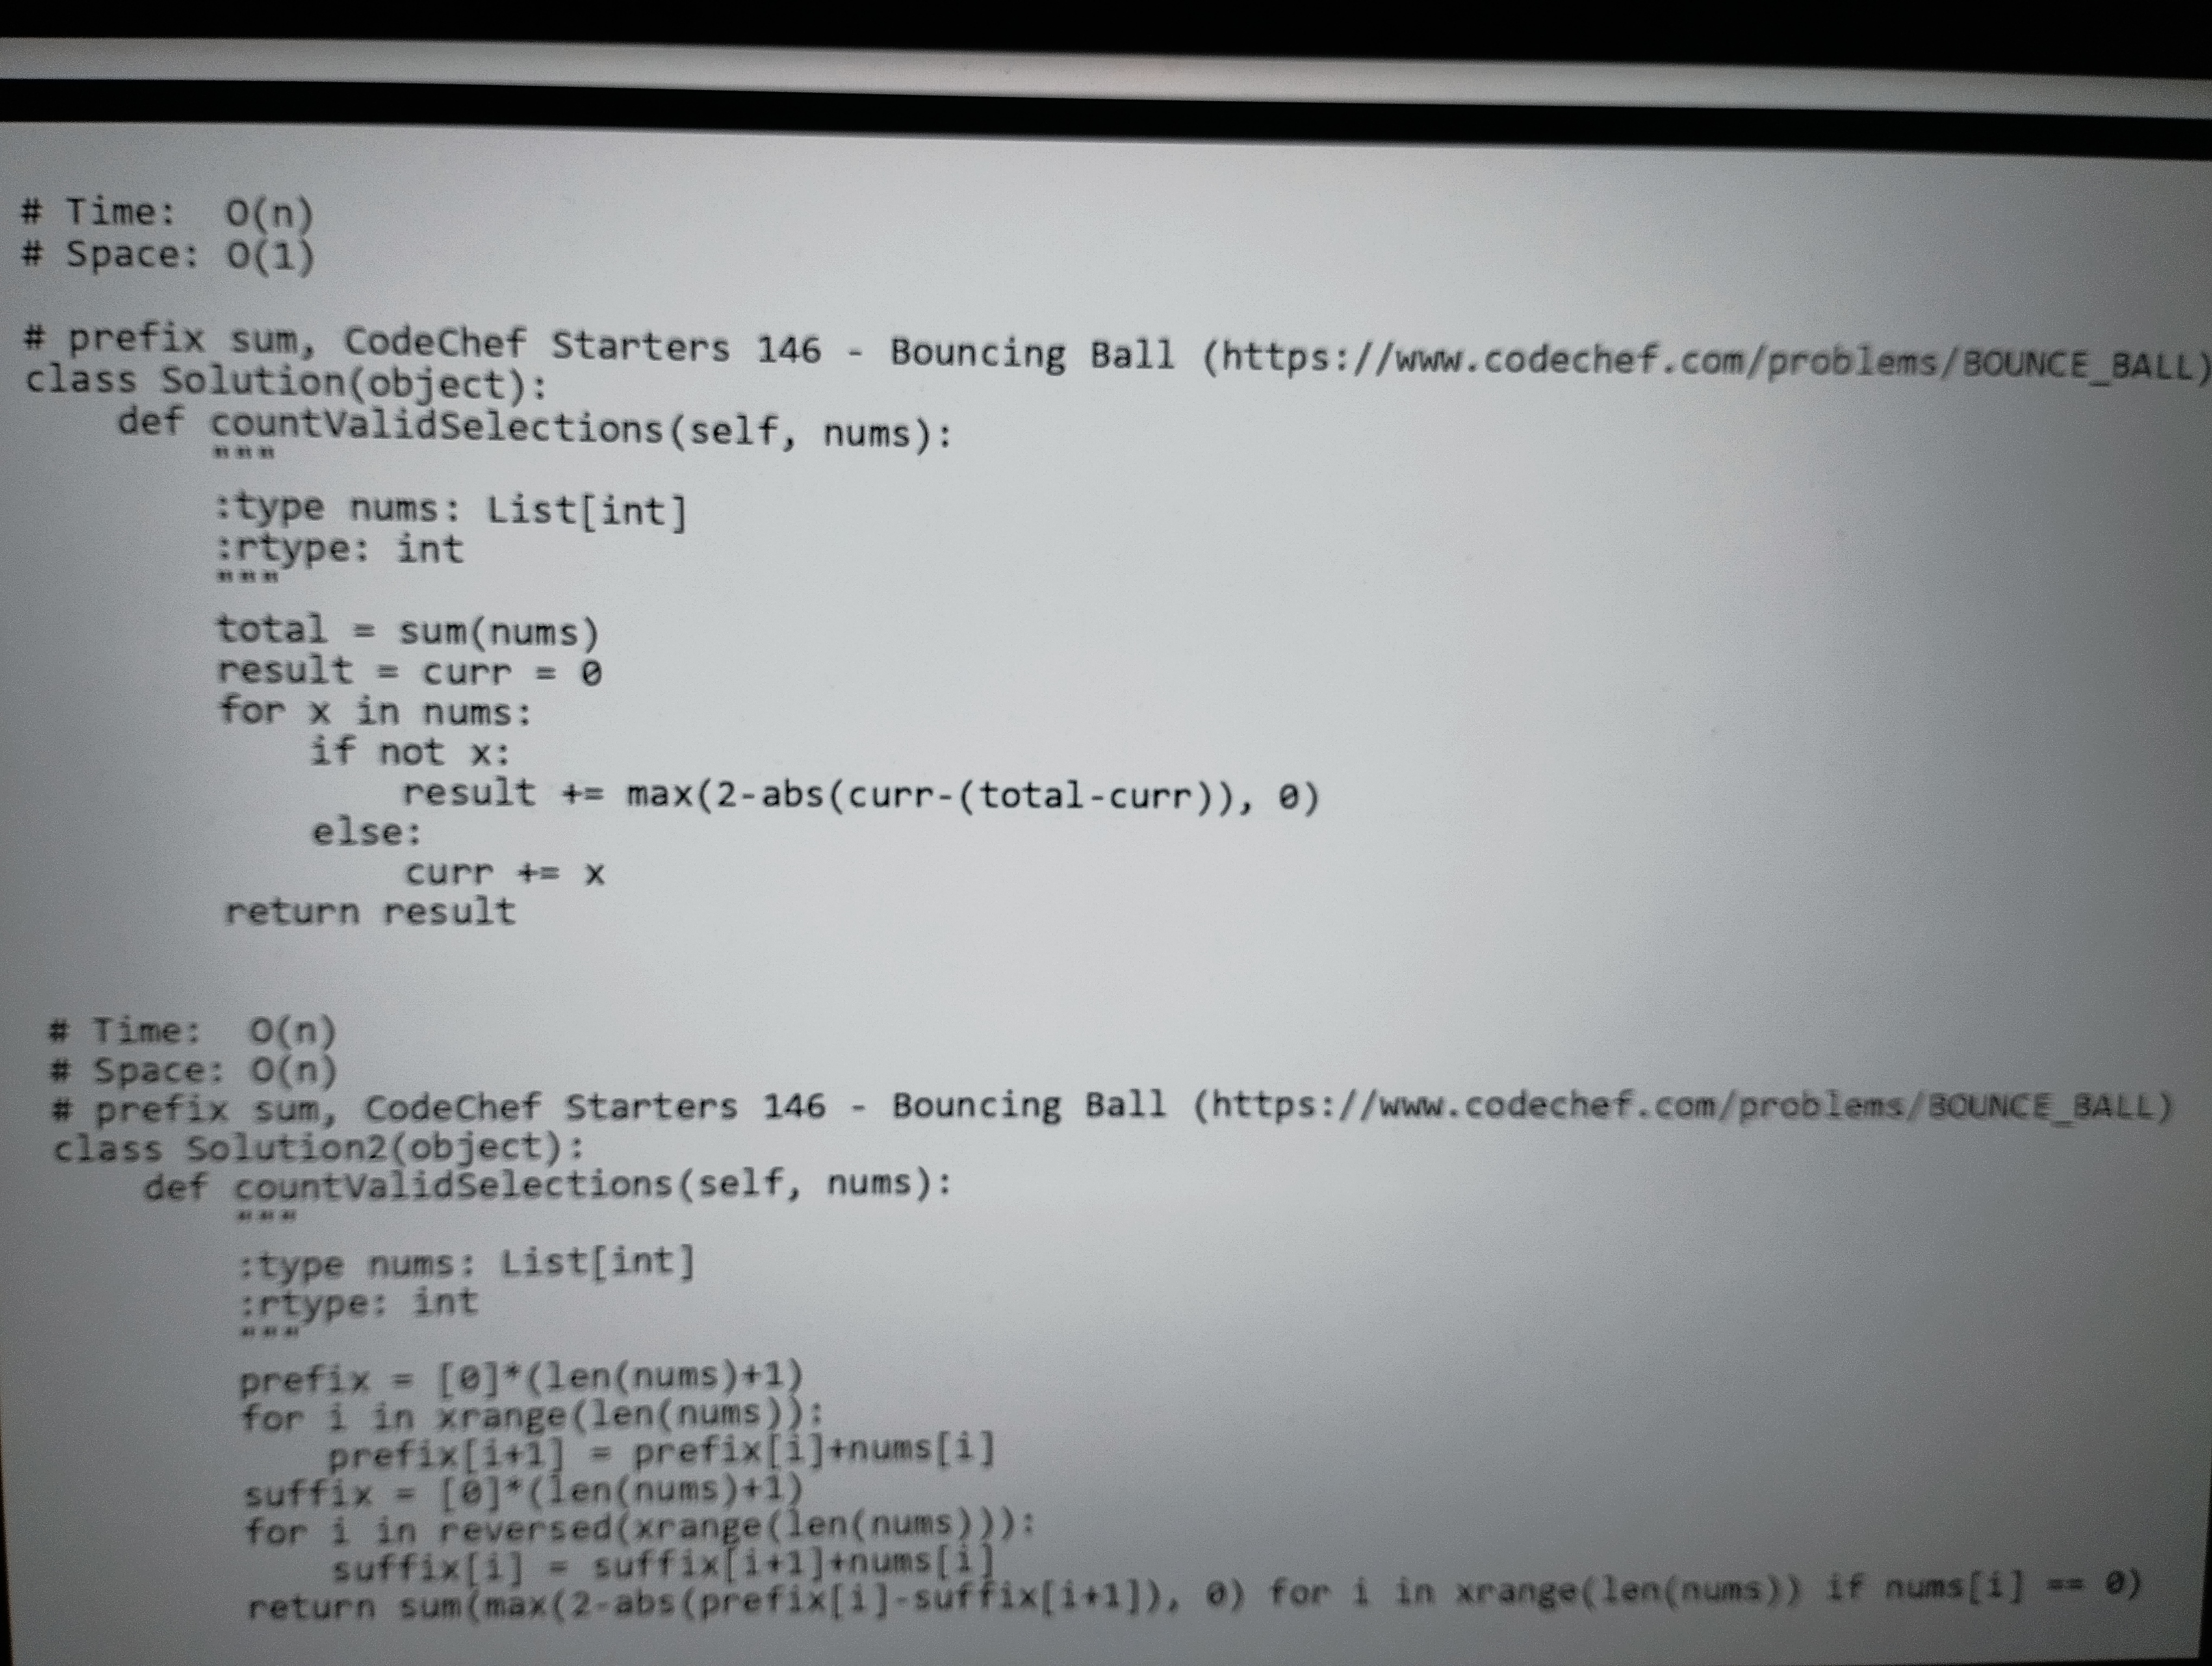
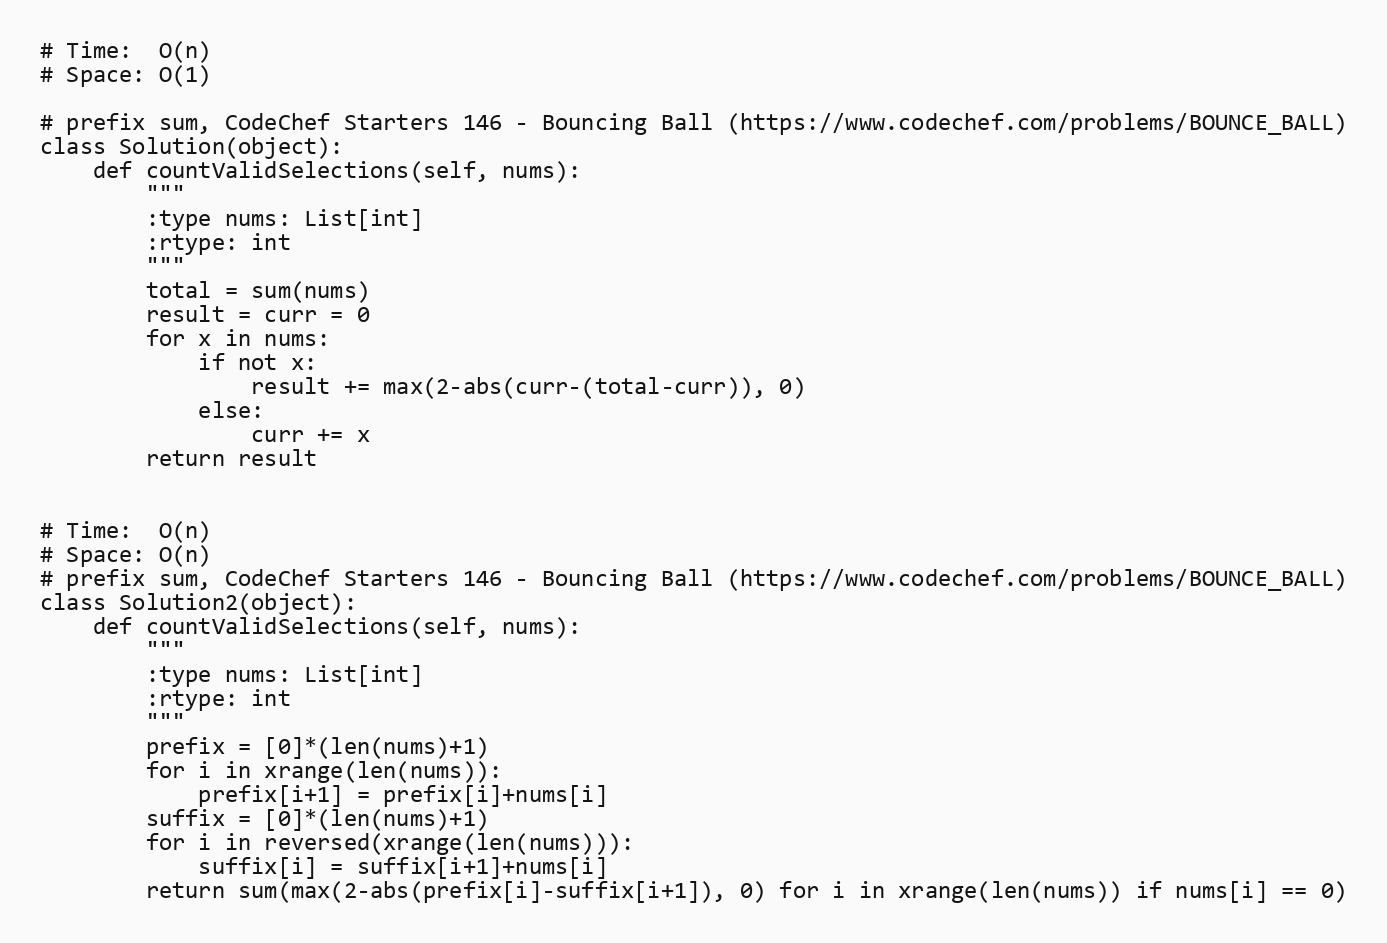
# Time:  O(n)
# Space: O(1)

# prefix sum, CodeChef Starters 146 - Bouncing Ball (https://www.codechef.com/problems/BOUNCE_BALL)
class Solution(object):
    def countValidSelections(self, nums):
        """
        :type nums: List[int]
        :rtype: int
        """
        total = sum(nums)
        result = curr = 0
        for x in nums:
            if not x:
                result += max(2-abs(curr-(total-curr)), 0)
            else:
                curr += x
        return result

# Time:  O(n)
# Space: O(n)
# prefix sum, CodeChef Starters 146 - Bouncing Ball (https://www.codechef.com/problems/BOUNCE_BALL)
class Solution2(object):
    def countValidSelections(self, nums):
        """
        :type nums: List[int]
        :rtype: int
        """
        prefix = [0]*(len(nums)+1)
        for i in xrange(len(nums)):
            prefix[i+1] = prefix[i]+nums[i]
        suffix = [0]*(len(nums)+1)
        for i in reversed(xrange(len(nums))):
            suffix[i] = suffix[i+1]+nums[i]
        return sum(max(2-abs(prefix[i]-suffix[i+1]), 0) for i in xrange(len(nums)) if nums[i] == 0)